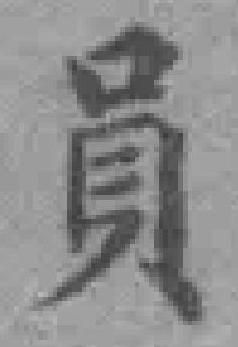
員